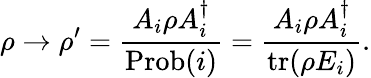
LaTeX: \rho\to\rho^{\prime}={\frac{A_{i}\rho A_{i}^{\dagger}}{\mathrm{Prob}(i)}}={\frac{A_{i}\rho A_{i}^{\dagger}}{\operatorname{tr}(\rho E_{i})}}.